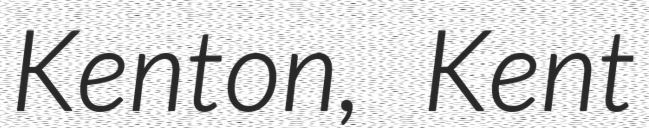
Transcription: Kenton, Kent